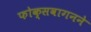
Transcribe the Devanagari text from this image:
फोक्सवागनने